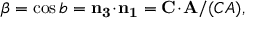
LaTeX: \beta = \cos { b } = { \bf n _ { 3 } \! \cdot \! n _ { 1 } } = { \bf C \! \cdot \! A } / ( C A ) ,